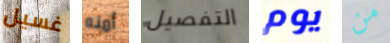
غسيل أمنه التفصيل يوم من